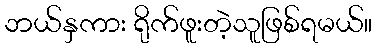
ဘယ်နှကား ရိုက်ဖူးတဲ့သူဖြစ်ရမယ်။